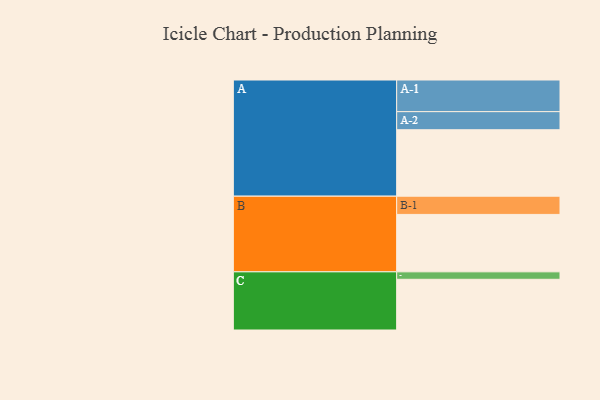
{"axis": {"x": "Segment", "y": "Value"}, "legend": ["", "A", "B", "C"], "data": [{"x": "A", "y": 544, "type": ""}, {"x": "B", "y": 470, "type": ""}, {"x": "C", "y": 415, "type": ""}, {"x": "A-1", "y": 259, "type": "A"}, {"x": "A-2", "y": 148, "type": "A"}, {"x": "B-1", "y": 149, "type": "B"}, {"x": "C-1", "y": 61, "type": "C"}]}